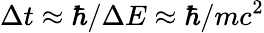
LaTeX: \Delta t\approx\hbar/\Delta E\approx\hbar/mc^{2}